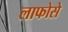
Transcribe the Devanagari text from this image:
लाफोसे